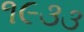
૧૯૩૩